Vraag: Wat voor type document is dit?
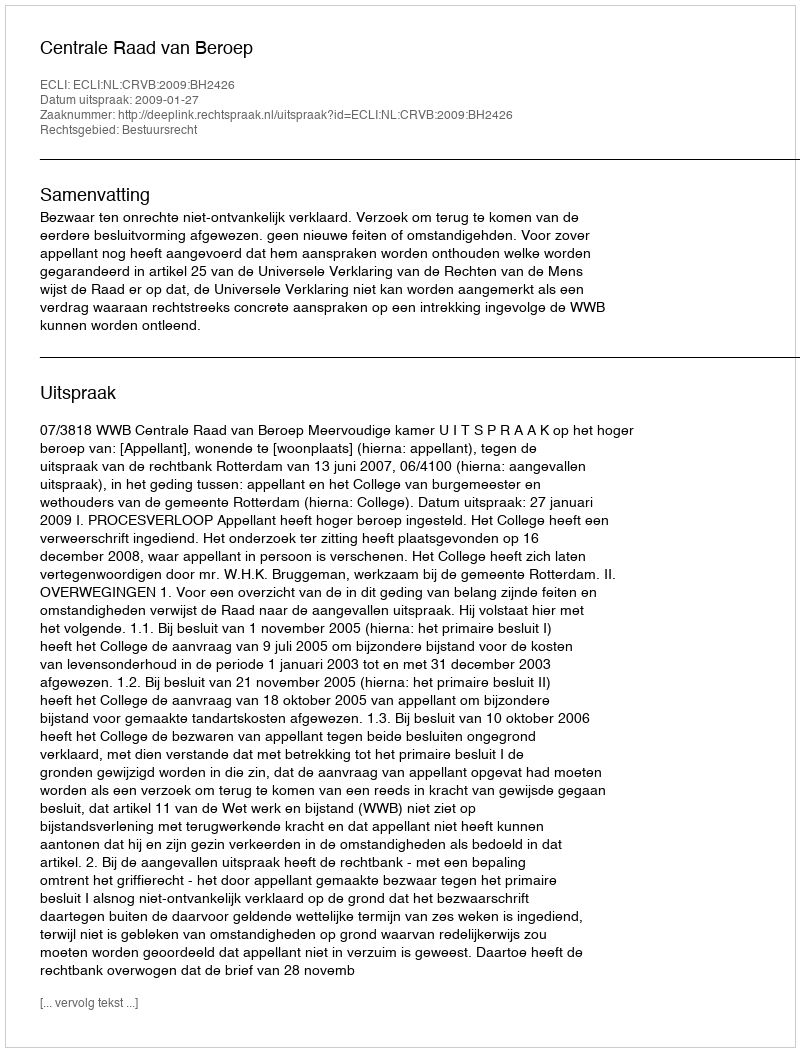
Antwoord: Uitspraak